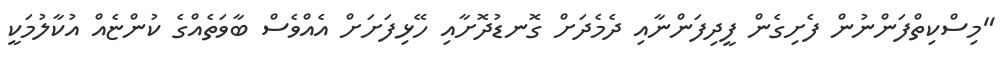
"މިސްކިތްފަންނުން ފެށިގެން ފީދިފަންނާއި ދެމެދަށް ގޮނޑުދޮށާއި ހޭޅިފަށަށް އެއްވެސް ބާވަތެއްގެ ކުންޏެއް އުކާލުމަކީ